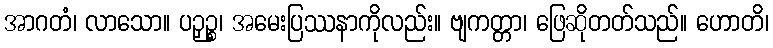
အာဂတံ၊ လာသော။ ပဉှဉ္စ၊ အမေးပြဿနာကိုလည်း။ ဗျကတ္တာ၊ ဖြေဆိုတတ်သည်။ ဟောတိ၊